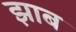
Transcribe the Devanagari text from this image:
झाब